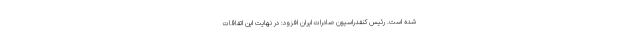
شده است. رئیس کنفدراسیون صادرات ایران افزود: در نهایت این اتفاقات